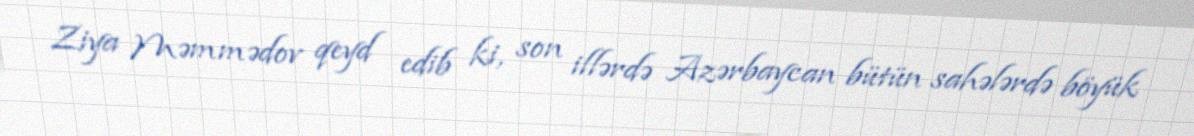
Ziya Məmmədov qeyd edib ki, son illərdə Azərbaycan bütün sahələrdə böyük